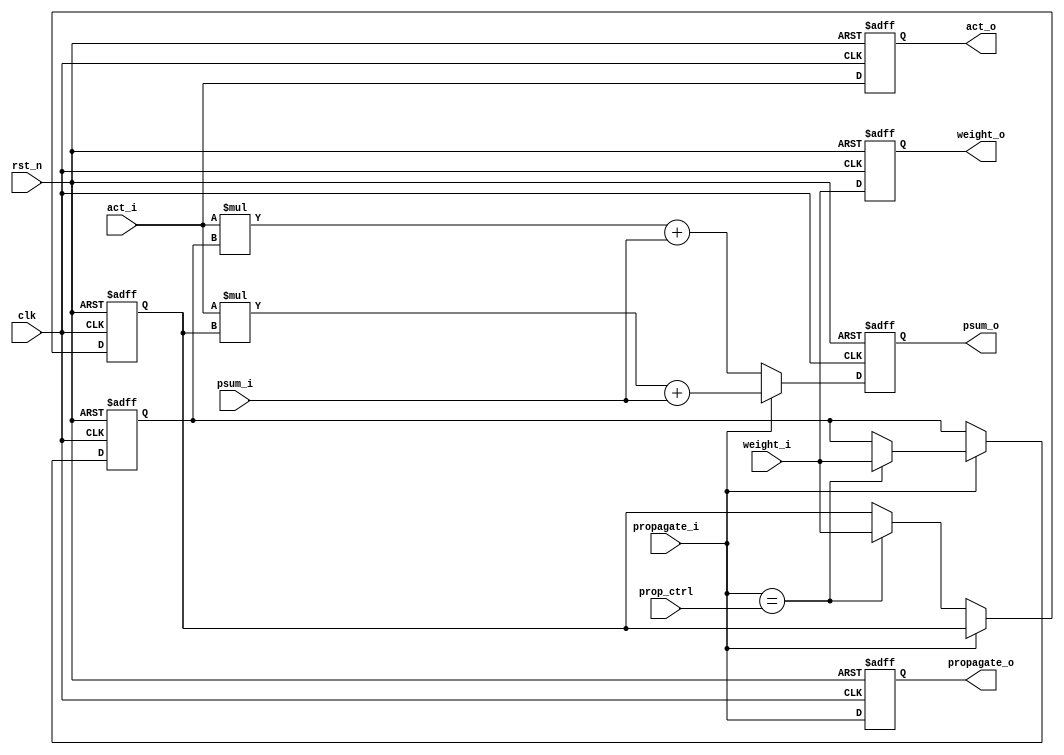
module PE #(parameter DATA_BITS = 8) (
        input                           clk,
        input                           rst_n,
        input                           prop_ctrl,
        input                           propagate_i,
        input [DATA_BITS-1:0]           weight_i,
        input [DATA_BITS-1:0]           act_i,
        input [DATA_BITS*4-1:0]         psum_i,
        output reg                      propagate_o,
        output reg [DATA_BITS-1:0]      act_o,
        output reg [DATA_BITS-1:0]      weight_o,
        output reg [DATA_BITS*4-1:0]    psum_o
    );

    reg [DATA_BITS-1:0] weight_0, weight_1;

    always @(posedge clk or negedge rst_n) begin
        if(!rst_n) begin
            propagate_o <= 0;
            act_o <= 8'd0;
            weight_o <= 8'd0;
            psum_o <= 32'd0;
            weight_0 <= 8'd0;
            weight_1 <= 8'd0;
        end
        else begin
            act_o <= act_i;
            propagate_o <= propagate_i;
            weight_o <= weight_i;
            if(propagate_i == 0) begin
                if(propagate_i == prop_ctrl)
                    weight_0 <= weight_i;
                psum_o <= act_i * weight_1 + psum_i;
            end
            else begin
                if(propagate_i == prop_ctrl)
                    weight_1 <= weight_i;
                psum_o <= act_i * weight_0 + psum_i;
            end
        end
    end
endmodule